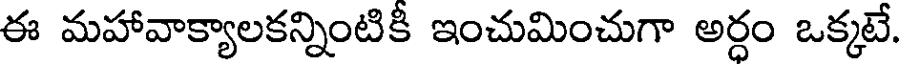
ఈ మహావాక్యాలకన్నింటికి ఇంచుమించుగా అర్ధం ఒక్కటే.